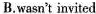
B.wasn't invited